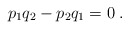
\begin{align*}p_1 q_2 - p_2 q_1 = 0 \;.\end{align*}